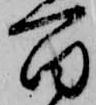
百